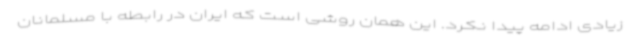
زیادی ادامه پیدا نکرد. این همان روشی است که ایران در رابطه با مسلمانان